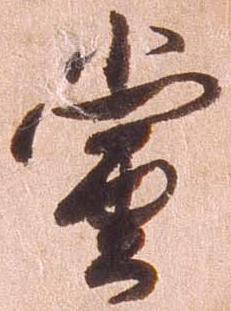
当